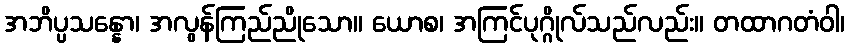
အဘိပ္ပသန္နော၊ အလွန်ကြည်ညိုသော။ ယောစ၊ အကြင်ပုဂ္ဂိုလ်သည်လည်း။ တထာဂတံဝါ၊